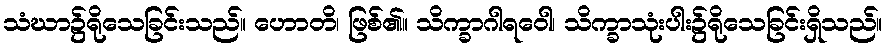
သံဃာ၌ရိုသေခြင်းသည်။ ဟောတိ၊ ဖြစ်၏။ သိက္ခာဂါရဝေါ၊ သိက္ခာသုံးပါး၌ရိုသေခြင်းရှိသည်။